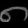
Digit: ၈